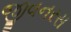
જીવનરસ